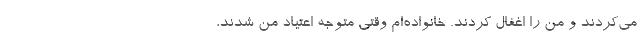
می‌کردند و من را اغفال کردند. خانواده‌ام وقتی متوجه اعتیاد من شدند،